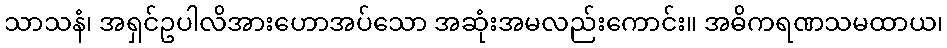
သာသနံ၊ အရှင်ဥပါလိအားဟောအပ်သော အဆုံးအမလည်းကောင်း။ အဓိကရဏသမထာယ၊